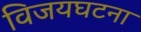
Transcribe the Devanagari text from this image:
विजयघटना